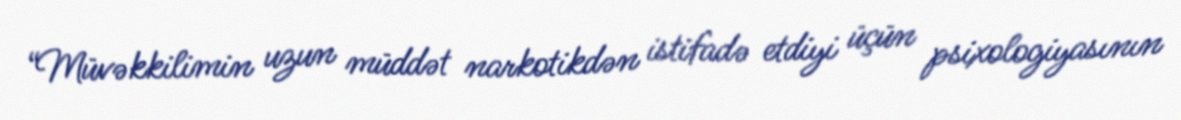
“Müvəkkilimin uzun müddət narkotikdən istifadə etdiyi üçün psixologiyasının